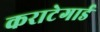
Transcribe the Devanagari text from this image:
कराटेगार्ड